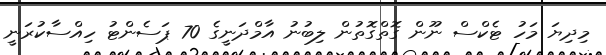
މިދިޔަ މަހު ޓެކްސް ނޫން ގޮތްގޮތުން ލިބުނު އާމްދަނީގެ 70 ޕަސެންޓު ހިއްސާކުރަނީ